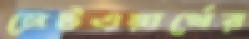
নেটওয়ার্থের